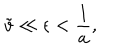
LaTeX: \tilde { v } \ll \epsilon < { \frac { 1 } { a } } ,